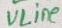
Text: VLine